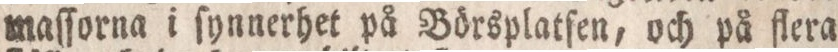
maſſorna i ſynnerhet på Börsplatſen, och på flera